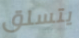
يتسلق